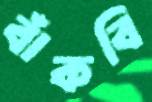
বাঁকবি